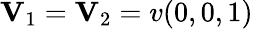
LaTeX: \mathbf{V}_{1}=\mathbf{V}_{2}=v(0,0,1)